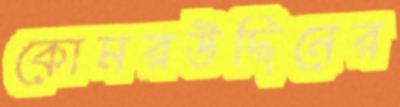
কোমরউদ্দিনের